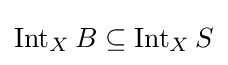
\operatorname {Int} _{X}B\subseteq \operatorname {Int} _{X}S